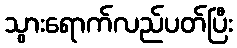
သွားရောက်လည်ပတ်ပြီး